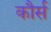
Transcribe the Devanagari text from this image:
कौर्स